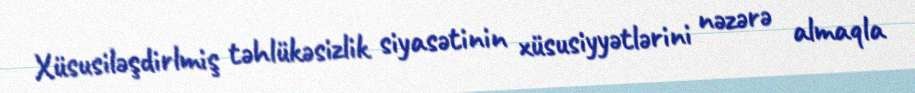
Xüsusiləşdirlmiş təhlükəsizlik siyasətinin xüsusiyyətlərini nəzərə almaqla